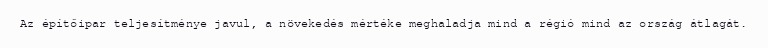
Az építőipar teljesítménye javul, a növekedés mértéke meghaladja mind a régió mind az ország átlagát.